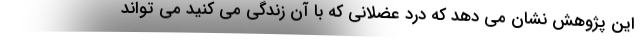
این پژوهش نشان می دهد که درد عضلانی که با آن زندگی می کنید می تواند